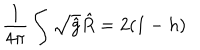
\frac { 1 } { 4 \pi } \int \sqrt { \hat { g } } \hat { R } = 2 ( 1 - h )